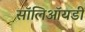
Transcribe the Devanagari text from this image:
सॉलिऑयडी